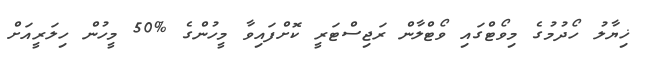
ޚިޔާލު ހޯދުމުގެ މިވޯޓްގައި ވޯޓްލާން ރަޖިސްޓަރީ ކޮށްފައިވާ މީހުންގެ %50 މީހުން ހިލަރީއަށް